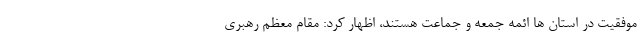
موفقیت در استان ها ائمه جمعه و جماعت هستند، اظهار کرد: مقام معظم رهبری